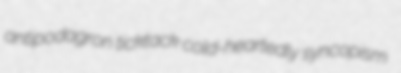
antipodagron ticktack cold-heartedly syncopism